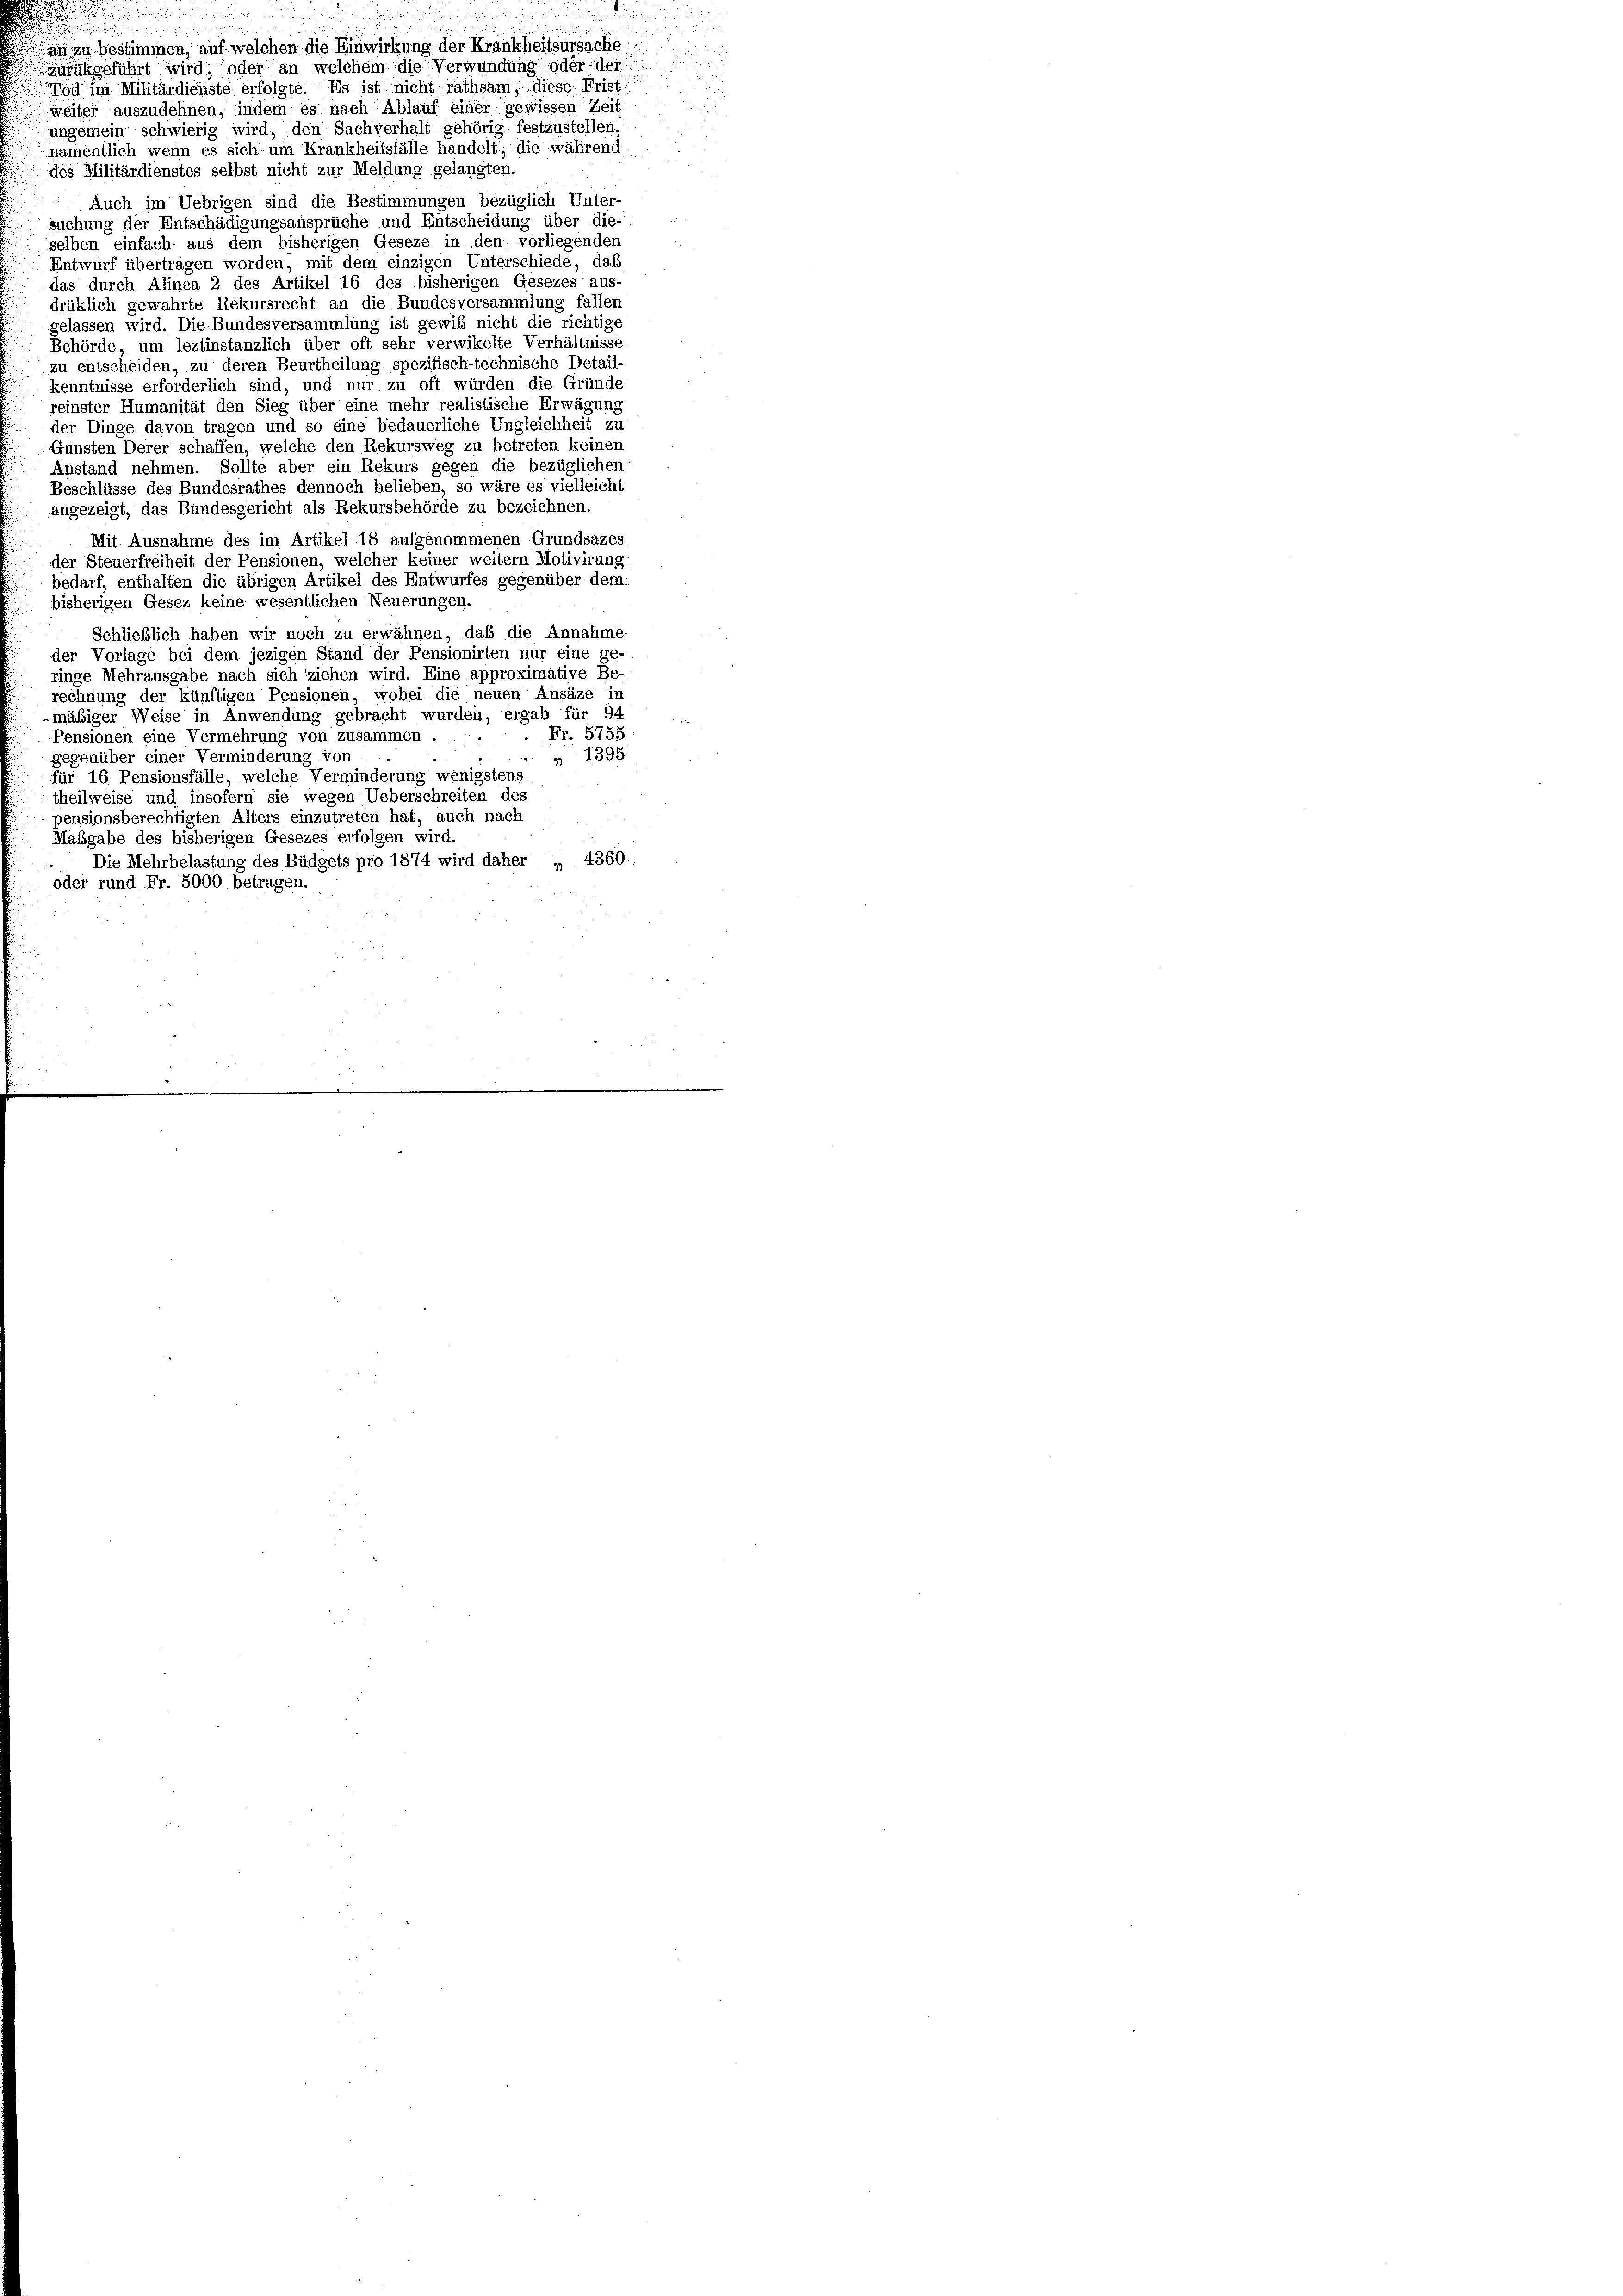
Zurükgeführt wird; oder an welchem die Verwundung oder der
od im Militärdienste erfolgte. Es ist nicht rathsam, diese Frist
weiter auszudehnen, indem es nach Ablauf einer gewissen Zeit
jungemein schwierig wird, den Sachverhalt gehörig festzustellen
namentlich wenn es sich um Krankheitsfälle handelt; die während
des Militärdienstes selbst nicht zur Meldung gelangten.
Auch im Uebrigen sind die Bestimmungen bezüglich Unter-
suchung der Entschädigungsansprüche und Entscheidung über die-
selben einfach aus dem bisherigen Geseze in den vorliegenden
Entwurf übertragen worden, mit dem einzigen Unterschiede, daß
das durch Alinea 2 des Artikel 16 des bisherigen Gesezes aus-
drüklich gewahrte Rekursrecht an die Bundesversammlung fallen
gelassen wird. Die Bundesversammlung ist gewiß nicht die richtige
Behörde, um leztinstanzlich über oft sehr verwikelte Verhältnisse.
zu entscheiden, zu deren Beurtheilung spezifisch-technische Detail-
kenntnisse erforderlich sind, und nur zu oft würden die Gründe
reinster Humanität den Sieg über eine mehr realistische Erwägung
der Dinge davon tragen und so eine bedauerliche Ungleichheit zu
Gunsten Derer schaffen, welche den Rekursweg zu betreten keinen
Anstand nehmen. Sollte aber ein Rekurs gegen die bezüglicher
Beschlüsse des Bundesrathes dennoch belieben, so wäre es vielleicht
angezeigt, das Bundesgericht als Rekursbehörde zu bezeichnen.
Mit Ausnahme des im Artikel 18 aufgenommenen Grundsazes
der Steuerfreiheit der Pensionen, welcher keiner weitern Motivirung
bedarf, enthalten die übrigen Artikel des Entwurfes gegenüber dem
bisherigen Gesez keine wesentlichen Neuerungen.
Schließlich haben wir noch zu erwähnen, daß die Annahme-
der Vorlage bei dem jezigen Stand der Pensionirten nur eine ge-
ringe Mehrausgabe nach sich ziehen wird. Eine approximative Be-
rechnung der künftigen Pensionen, wobei die neuen Ansäze in
mäßiger Weise in Anwendung gebracht wurden, ergab für 94
Fr. 5755
Pensionen eine Vermehrung von zusammen.
 1395
gegenüber einer Verminderung von
für 16 Pensionsfälle, welche Verminderung wenigstens
theilweise und insofern sie wegen Ueberschreiten des
pensionsberechtigten Alters einzutreten hat, auch nach
Maßgabe des bisherigen Gesezes erfolgen wird.
Die Mehrbelastung des Büdgets pro 1874 wird daher „ 4360
oder rund Fr. 5000 betragen.

n
i

u
n
an zu bestimmen, auf welchen die Einwirkung der Krankheitsursache